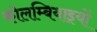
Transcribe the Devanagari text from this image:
कोलम्बियाइयों